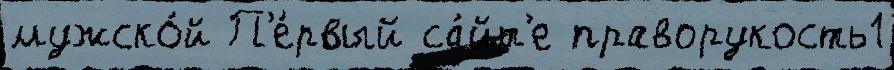
мужско́й П'е́рвый са́йт'е праворукость1